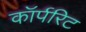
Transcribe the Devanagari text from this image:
कॉर्परिट